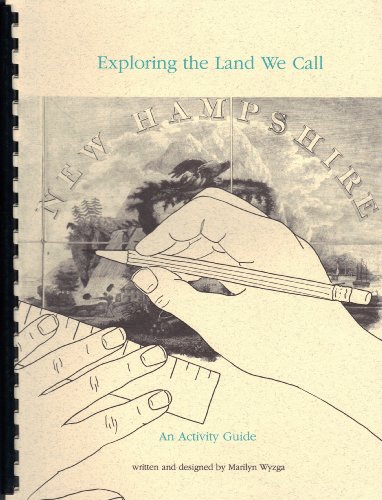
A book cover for Exploring the Land We Call New Hampshire: An Activity Guide; Marilyn Wyzga; Travel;